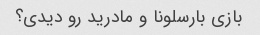
بازی بارسلونا و مادرید رو دیدی؟